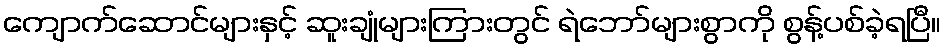
ကျောက်ဆောင်များနှင့် ဆူးချုံများကြားတွင် ရဲဘော်များစွာကို စွန့်ပစ်ခဲ့ရပြီ။